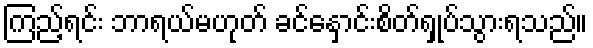
ကြည့်ရင်း ဘာရယ်မဟုတ် ခင်နှောင်းစိတ်ရှုပ်သွားရသည်။